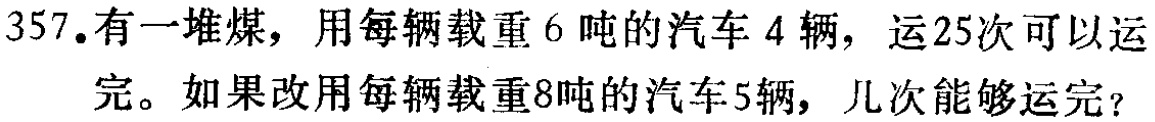
357.有一堆煤，用每辆载重6吨的汽车4辆，运25次可以运完。如果改用每辆载重8吨的汽车5辆，几次能够运完？